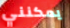
يمكنني